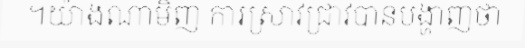
។យ៉ាងណាមិញ ការស្រាវជ្រាវបានបង្ហាញថា